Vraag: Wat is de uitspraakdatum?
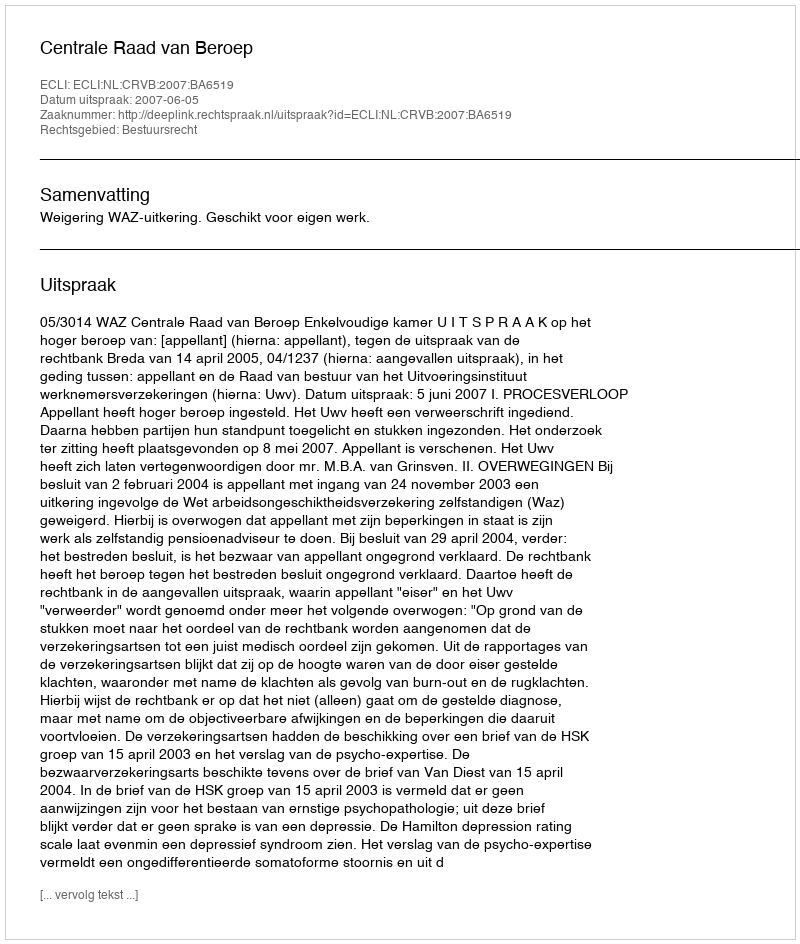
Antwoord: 2007-06-05